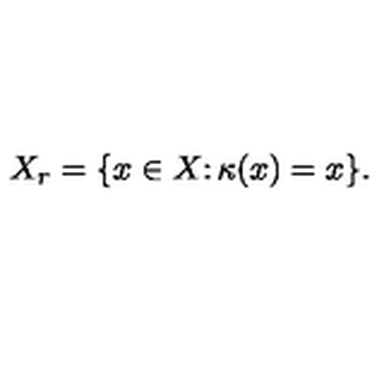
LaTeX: X _ { r } = \{ x \in X \colon \kappa ( x ) = x \} .